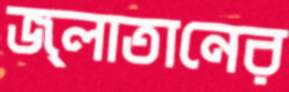
জ্লাতানের